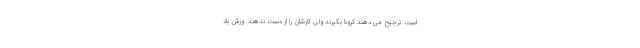
است ترجیح می دهند کرونا بگیرند ولی کارشان را از دست ندهند. وزش باد